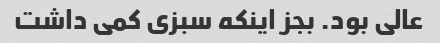
عالی بود. بجز اینکه سبزی کمی داشت